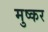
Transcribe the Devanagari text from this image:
मुष्कर